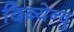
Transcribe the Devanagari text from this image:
दिब्येन्दु